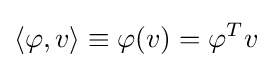
\langle \varphi ,v\rangle \equiv \varphi (v)=\varphi ^{T}v